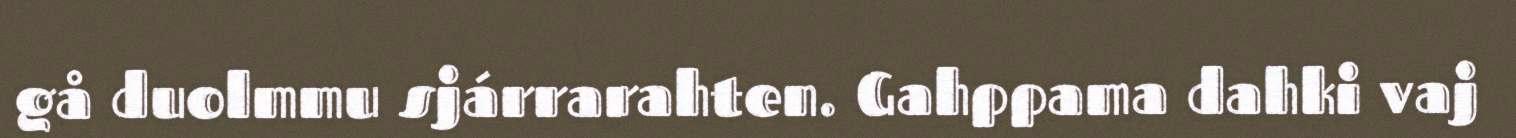
gå duolmmu sjárrarahten. Gahppama dahki vaj